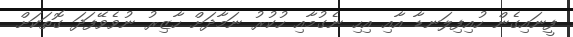
ފީނައިގެން ހުއިފިލަނޑާ އާއި އިހި ނެގުމާއި ހުކުރު ނަމާދަށް ހާޒިރު ނުވެވޭފަދަ ގޮތަކަށް